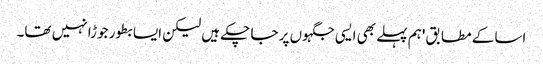
اسا کے مطابق 'ہم پہلے بھی ایسی جگہوں پر جا چکے ہیں لیکن ایسا بطور جوڑا نہیں تھا۔